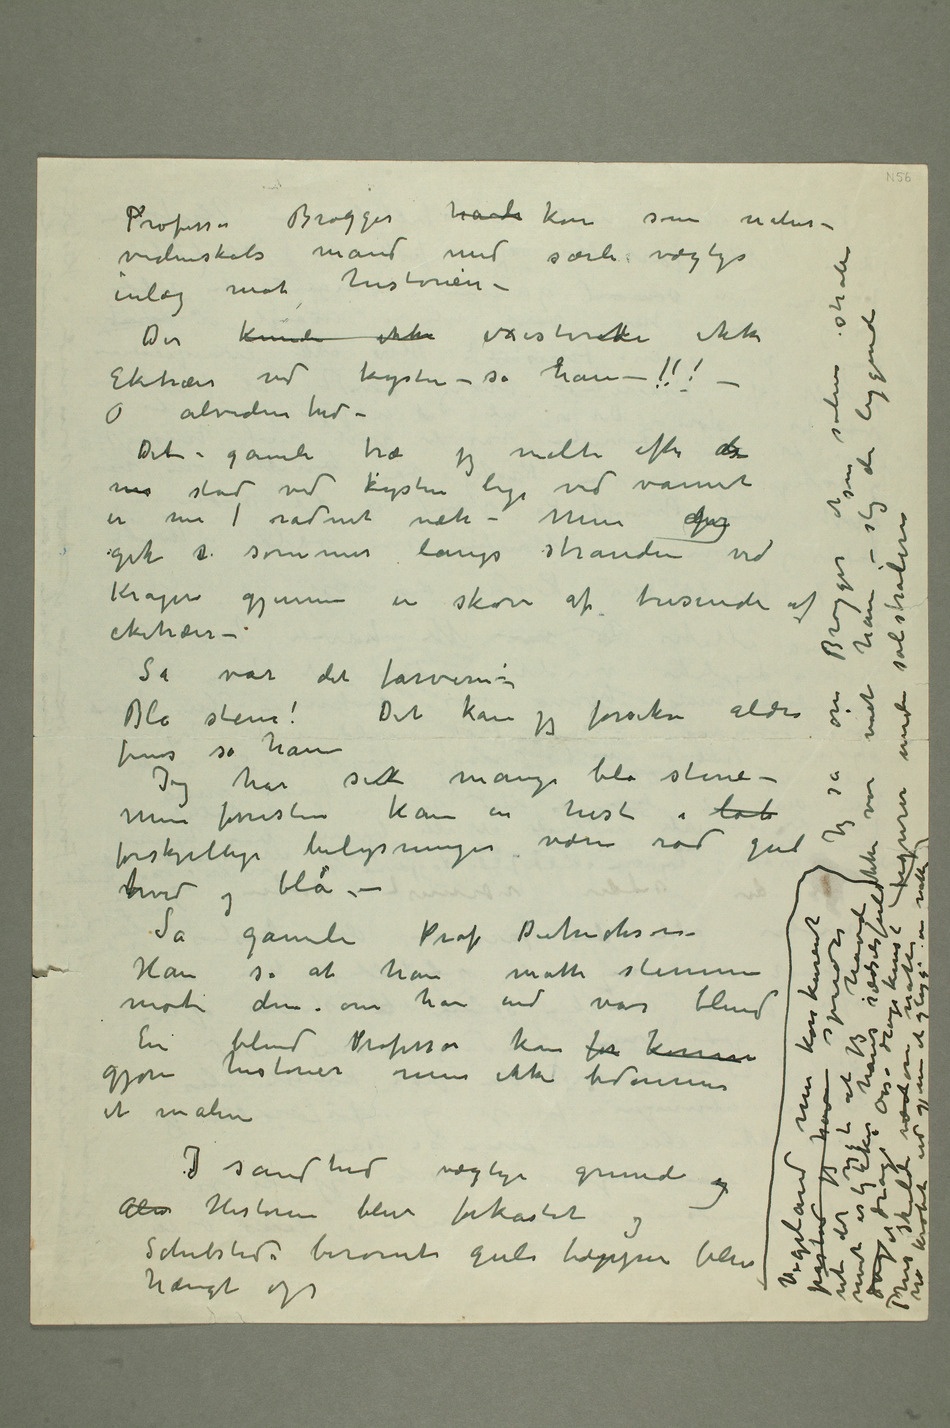
havde
som natur- videnskabs mand med særli vægtige inlæg mot historien – Der kunde ikke
existererte
Eketrær ved
kysten – sa han –
O alvidenhed
– Det
gamle
Men denjeg gik si
sommer langs stranden ved
var det farverne Blå stene!
Det kan jeg forsikre aldri fins sa han Jeg
forresten kan
en hest i løb
rød gul vhvid og blå –
stemme mot
– om han end var
sandhed
nået ham –
figurer
jeg
spredte ut
jeg havde